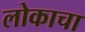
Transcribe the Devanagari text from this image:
लोकाचा